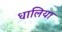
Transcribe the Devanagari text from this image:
धालिया